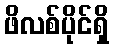
ဖိလစ်ပိုင်ရှိ